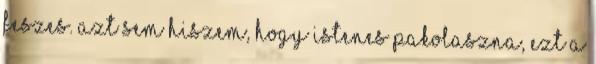
feszes. Azt sem hiszem, hogy istenes pakolaszna, ezt a